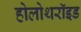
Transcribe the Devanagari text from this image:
होलोथरॉइड